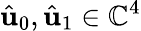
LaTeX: \hat{\mathbf{u}}_{0},\hat{\mathbf{u}}_{1}\in\mathbb{C}^{4}